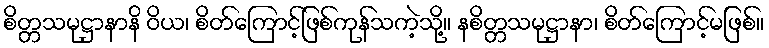
စိတ္တသမုဋ္ဌာနာနိ ဝိယ၊ စိတ်ကြောင့်ဖြစ်ကုန်သကဲ့သို့။ နစိတ္တသမုဋ္ဌာနာ၊ စိတ်ကြောင့်မဖြစ်။